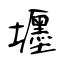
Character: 壥